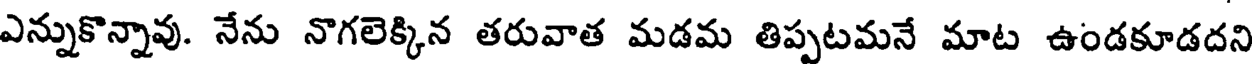
ఎన్నుకొన్నావు. నేను నొగలెక్కిన తరువాత మడమ తిప్పటమనే మాట ఉండకూడదని